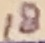
Text: 18